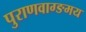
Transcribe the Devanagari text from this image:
पुराणवाग्ङमय